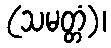
(သမတ္တံ)၊